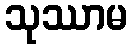
သုဿာမ